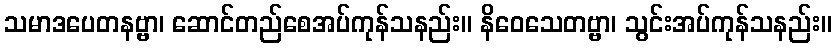
သမာဒပေတနဗ္ဗာ၊ ဆောင်တည်စေအပ်ကုန်သနည်း။ နိဝေသေတဗ္ဗာ၊ သွင်းအပ်ကုန်သနည်း။